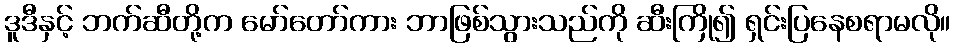
ဒူဒီနှင့် ဘက်ဆီတို့က မော်တော်ကား ဘာဖြစ်သွားသည်ကို ဆီးကြို၍ ရှင်းပြနေစရာမလို။